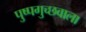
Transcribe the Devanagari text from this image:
पुष्पगुच्छवाला